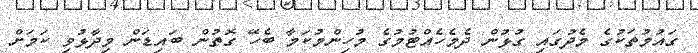
ގައުމުތަކުގެ މެދުގައި ގުޅުން ދެމެހެއްޓުމުގެ މުހިންމުކަމާ ބެހޭ ގޮތުން ބައިޑަން ވިދާޅުވި ކަމަށް